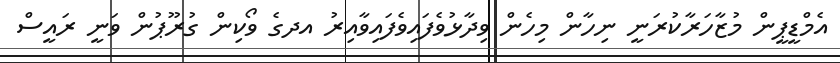
އެމްޑީޕީން މުޒާހަރާކުރަނީ ނިހާން މިހެން ވިދާޅުވެފައިވެފައިވާއިރު އދގެ ވޯކިން ގުރޫޕުން ވަނީ ރައީސް